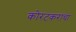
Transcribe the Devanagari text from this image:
कोरटकरांचा